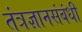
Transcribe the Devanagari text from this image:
तंत्रज्ञानसंबंधी